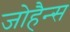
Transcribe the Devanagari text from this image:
जोहैन्स